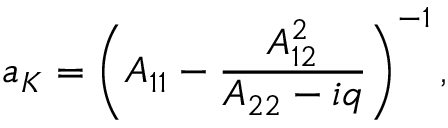
a _ { K } = \left( A _ { 1 1 } - \frac { A _ { 1 2 } ^ { 2 } } { A _ { 2 2 } - i q } \right) ^ { - 1 } ,